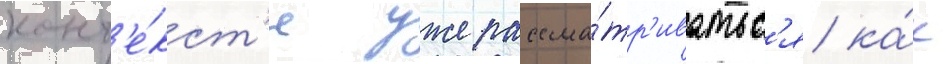
конт'е́кст'е уже рассма́тр'иватьс'я ка́к